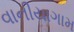
વાનીયાગામ